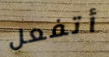
أتفعل